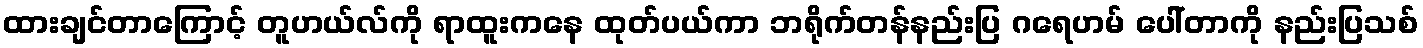
ထားချင်တာကြောင့် တူဟယ်လ်ကို ရာထူးကနေ ထုတ်ပယ်ကာ ဘရိုက်တန်နည်းပြ ဂရေဟမ် ပေါ်တာကို နည်းပြသစ်